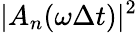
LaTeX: \vert A_{n}(\omega\Delta t)\vert^{2}